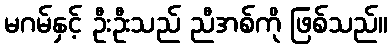
မဂမ်နှင့် ဦးဦးသည် ညီအစ်ကို ဖြစ်သည်။